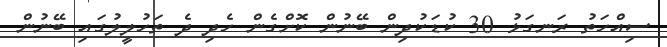
ސިއްހަތު ރަނގަޅު 30 ކުޑަކުދިން ބޭނުން ކޮށްގެން ހެދި ދެ ތަހުލީލުގައި ބޭނުން